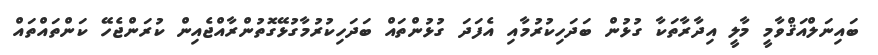
ބައިނަލްއަޤްވާމީ މާލީ އިދާރާތަކާ ގުޅުން ބަދަހިކުރުމާއި އެފަދަ ގުޅުންތައް ބަދަހިކުރުމާގުޅޭގޮތުންރާއްޖެއިން ކުރަންޖެހޭ ކަންތައްތައް